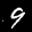
Label: 9